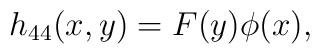
h_{44}(x,y)=F(y)\phi(x),